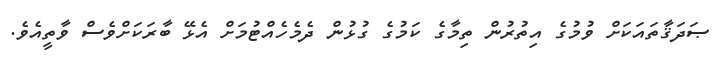
ޞަދަޤާތައަކަށް ވުމުގެ އިތުރުން ތިމާގެ ކަމުގެ ގުޅުން ދެމެހެއްޓުމަށް އެޅޭ ބާރަކަށްވެސް ވާތީއެވެ.